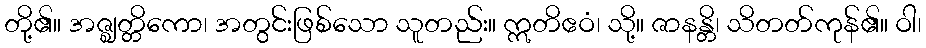
တို့၏။ အဇ္ဈတ္တိကော၊ အတွင်းဖြစ်သော သူတည်း။ ဣတိဧဝံ၊ သို့။ ဇာနန္တိ၊ သိတတ်ကုန်၏။ ဝါ၊